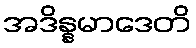
အဒိန္နမာဒေတိ